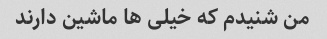
من شنیدم که خیلی ها ماشین دارند